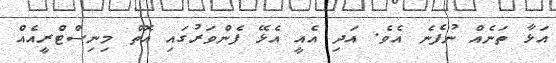
އަޅާ ތަނެއް ނުފެނެ އެވެ. އަދި އެއީ އެޅޭ ފެންވަރުގައި އޮތް މިނިސްޓްރީއެއް